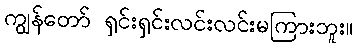
ကျွန်တော် ရှင်းရှင်းလင်းလင်းမကြားဘူး။